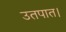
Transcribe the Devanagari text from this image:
उतपात।